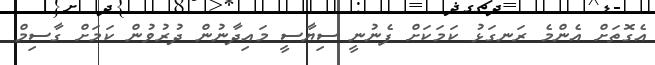
އެގޮތަށް އެންމެ ރަނގަޅު ކަމަކަށް ފެނުނީ ސިޔާސީ މައިދާނުން ދުރުވުން ކަމަށް ގާސިމް